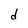
Character: d